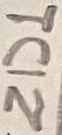
Text: ZD1